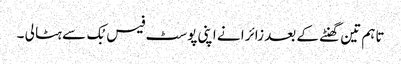
تاہم تین گھنٹے کے بعد زائرا نے اپنی پوسٹ فیس بُک سے ہٹا لی ۔